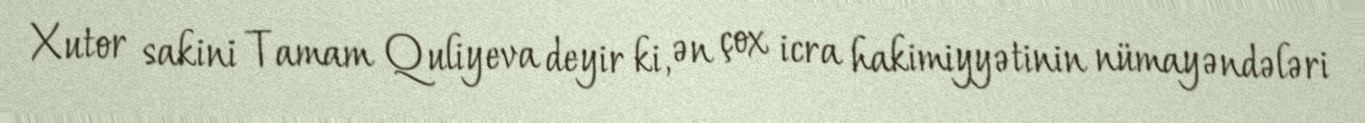
Xutor sakini Tamam Quliyeva deyir ki, ən çox icra hakimiyyətinin nümayəndələri